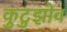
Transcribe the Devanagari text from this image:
कुटुझोव